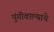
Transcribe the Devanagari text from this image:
पुंगीवाल्याचे